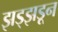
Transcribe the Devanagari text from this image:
झड्झडून